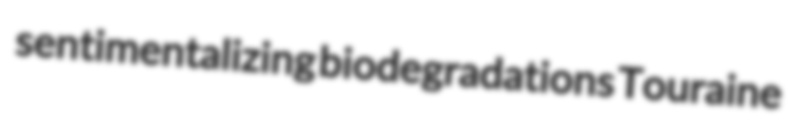
sentimentalizing biodegradations Touraine